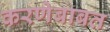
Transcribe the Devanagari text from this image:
करणेबाबत